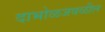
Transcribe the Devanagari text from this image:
दाभोळजवळील